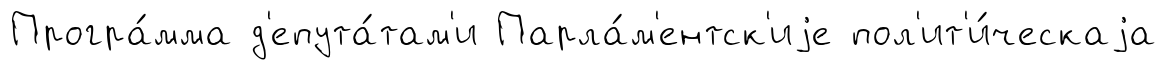
Програ́мма д'епута́там'и Парла́м'ентск'иjе пол'ит'и́ческаjа